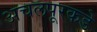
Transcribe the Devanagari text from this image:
अचलपूरकडे